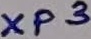
Text: XP3